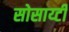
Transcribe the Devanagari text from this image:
सोसाय्टी